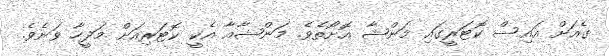
ގެއަށް އައިސް ކޮޓަރީގައި މަންޝާ އޮށޯތެވެ. މަންޝާއާ އެކީ ކޮޓަރިއަށް މަދީހާ ވަނެވެ.